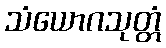
သံယောဂသုတ္တံ